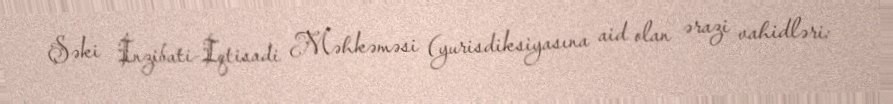
Şəki İnzibati-İqtisadi Məhkəməsi (yurisdiksiyasına aid olan ərazi vahidləri: